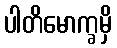
ပါတိမောက္ခမှိ